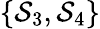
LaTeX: \{ \mathcal{S}_{3},\mathcal{S}_{4}\}